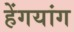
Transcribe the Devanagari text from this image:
हेंगयांग